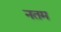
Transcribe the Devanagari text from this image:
नतम